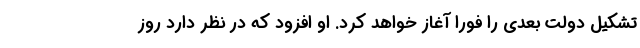
تشکیل دولت بعدی را فورا آغاز خواهد کرد. او افزود که در نظر دارد روز